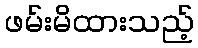
ဖမ်းမိထားသည့်